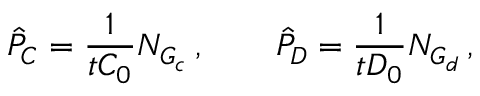
\hat { P } _ { C } = \frac { 1 } { t C _ { 0 } } N _ { G _ { c } } \, , \qquad \hat { P } _ { D } = \frac { 1 } { t D _ { 0 } } N _ { G _ { d } } \, ,